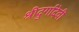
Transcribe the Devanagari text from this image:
श्रीदुर्गादेवी